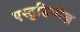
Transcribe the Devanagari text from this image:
एस्टुडियोज़